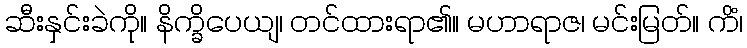
ဆီးနှင်းခဲကို။ နိက္ခိပေယျ၊ တင်ထားရာ၏။ မဟာရာဇ၊ မင်းမြတ်။ ကိံ၊